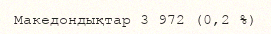
Македондықтар 3 972 (0,2 %)